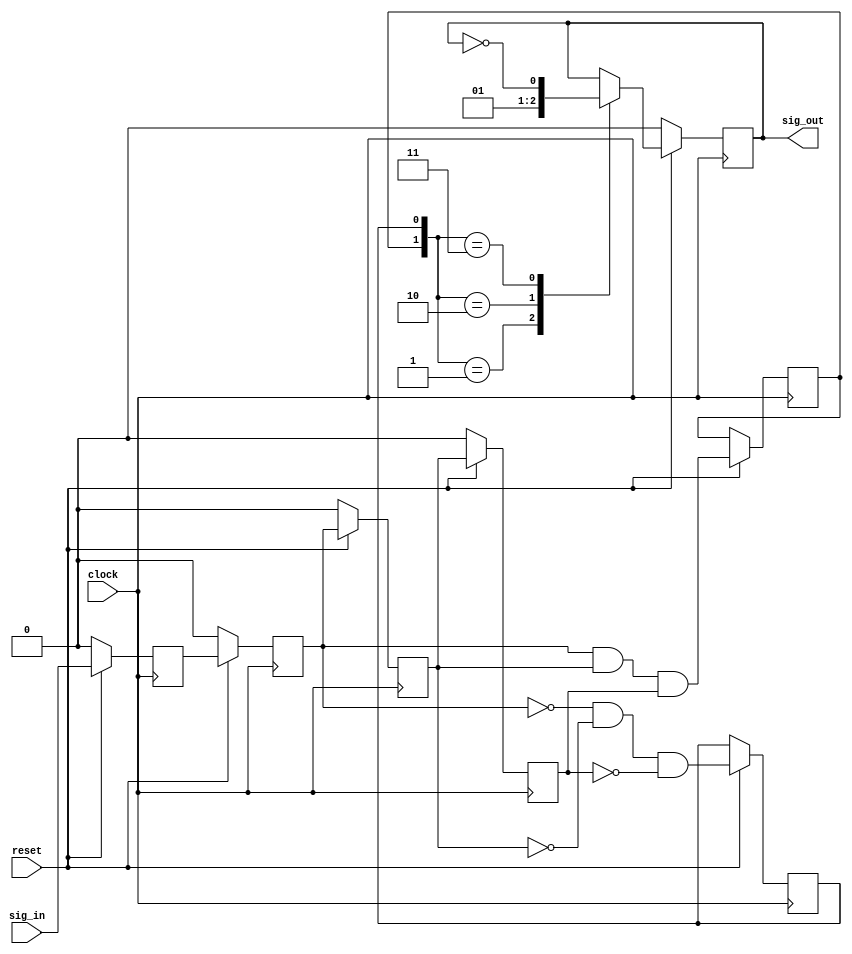
module filter(sig_out, clock, reset, sig_in);
output reg sig_out;
input clock, reset, sig_in;
reg q0, q1, q2, q3, j, k;

always @ (posedge clock)
begin
  if (~reset) {q0,q1,q2,q3,sig_out} = 5'b0;
  else begin
    q0 <= sig_in;
    q1 <= q0;
    q2 <= q1;
    q3 <= q2;
    k <= (~q1) & (~q2) & (~q3);
    j <= q1 & q2 & q3;
    case ({j,k})
      2'b01: sig_out = 1'b0;
      2'b10: sig_out = 1'b1;
      2'b11: sig_out = ~sig_out;
      default: sig_out = sig_out;
    endcase
  end
end

endmodule